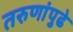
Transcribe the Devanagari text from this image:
तरुणांपुढे